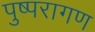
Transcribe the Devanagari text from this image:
पुष्परागण